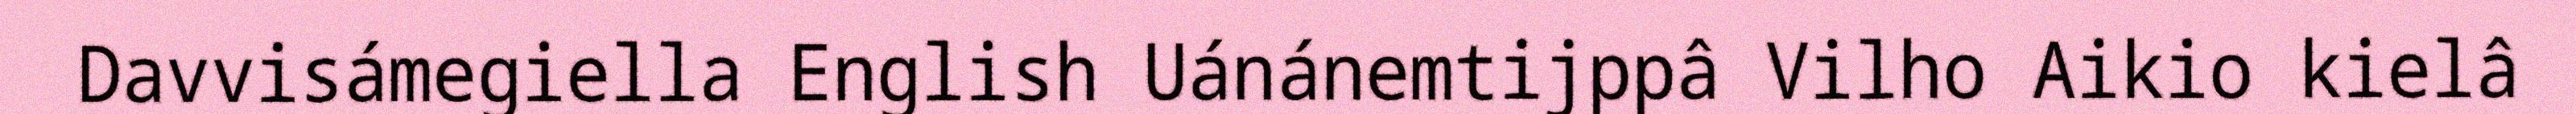
Davvisámegiella English Uánánemtijppâ Vilho Aikio kielâ